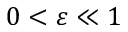
0 < \varepsilon \ll 1